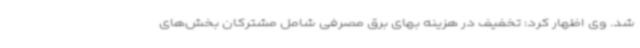
شد. وی اظهار کرد: تخفیف در هزینه بهای برق مصرفی شامل مشترکان بخش‌های